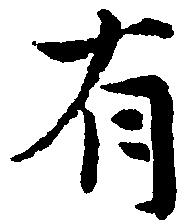
有